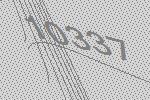
10337